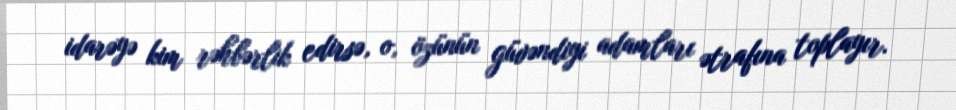
idarəyə kim rəhbərlik edirsə, o, özünün güvəndiyi adamları ətrafına toplayır.